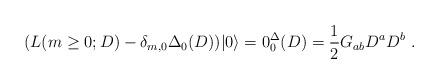
LaTeX: \begin{align*}(L(m\geq0;D) - \delta_{m,0} \Delta_0(D)) |0\rangle =0\sp \Delta_0(D) =\frac{1}{2} G_{ab}D^a D^b \ . \end{align*}